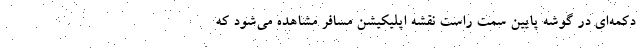
دکمه‌ای در گوشه پایین سمت راست نقشه اپلیکیشن مسافر مشاهده می‌شود که